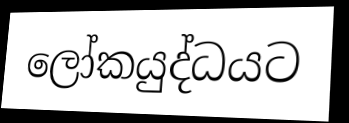
ලෝකයුද්ධයට